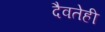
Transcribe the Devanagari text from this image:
दैवतेही